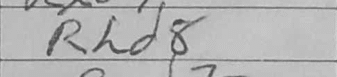
Transcription: Rhd8